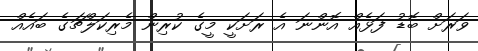
ވަރަށް ބޮޑު ފަޅެއް އޮންނަ އެ ރަށަކީ މީގެ ކުރިން މެރިކަލްޗަގެ ބައެއް